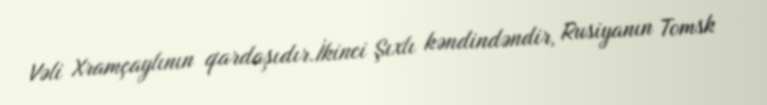
Vəli Xramçaylının qardaşıdır.İkinci Şıxlı kəndindəndir, Rusiyanın Tomsk